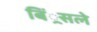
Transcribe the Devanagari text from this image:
बिं्रसले